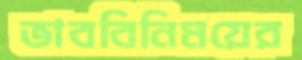
ভাববিনিময়ের